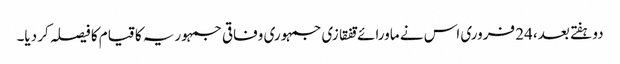
دو ہفتے بعد، 24 فروری اس نے ماورائے قفقازی جمہوری وفاقی جمہوریہ کا قیام کا فیصلہ کر دیا۔